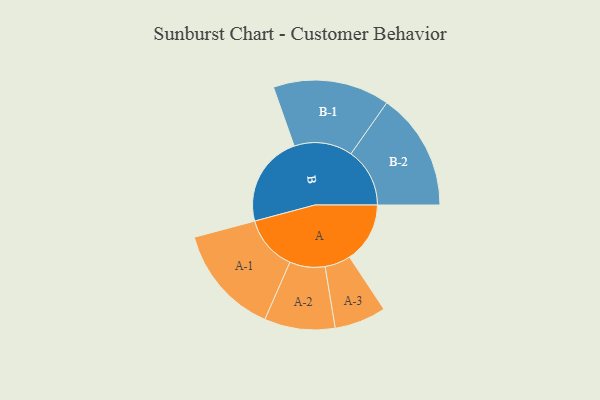
{"axis": {"x": "Segment", "y": "Value"}, "legend": ["", "A", "B"], "data": [{"x": "A", "y": 255, "type": ""}, {"x": "B", "y": 386, "type": ""}, {"x": "A-1", "y": 232, "type": "A"}, {"x": "A-2", "y": 149, "type": "A"}, {"x": "A-3", "y": 109, "type": "A"}, {"x": "B-1", "y": 246, "type": "B"}, {"x": "B-2", "y": 248, "type": "B"}]}